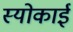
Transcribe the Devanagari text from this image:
स्योकाई